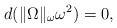
\begin{align*} d(\|\Omega\|_\omega \omega^2) = 0,\end{align*}